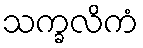
သက္ခလိကံ